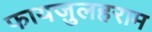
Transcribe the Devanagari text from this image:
फायज़ुलहराम